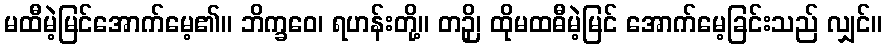
မထီမဲ့မြင်အောက်မေ့၏။ ဘိက္ခဝေ၊ ရဟန်းတို့။ တဉှိ၊ ထိုမထဓီမဲ့မြင် အောက်မေ့ခြင်းသည် လျှင်။